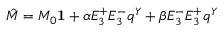
\hat { M } = M _ { 0 } { \bf 1 } + \alpha E _ { 3 } ^ { + } E _ { 3 } ^ { - } q ^ { Y } + \beta E _ { 3 } ^ { - } E _ { 3 } ^ { + } q ^ { Y }